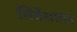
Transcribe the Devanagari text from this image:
निर्देशांका